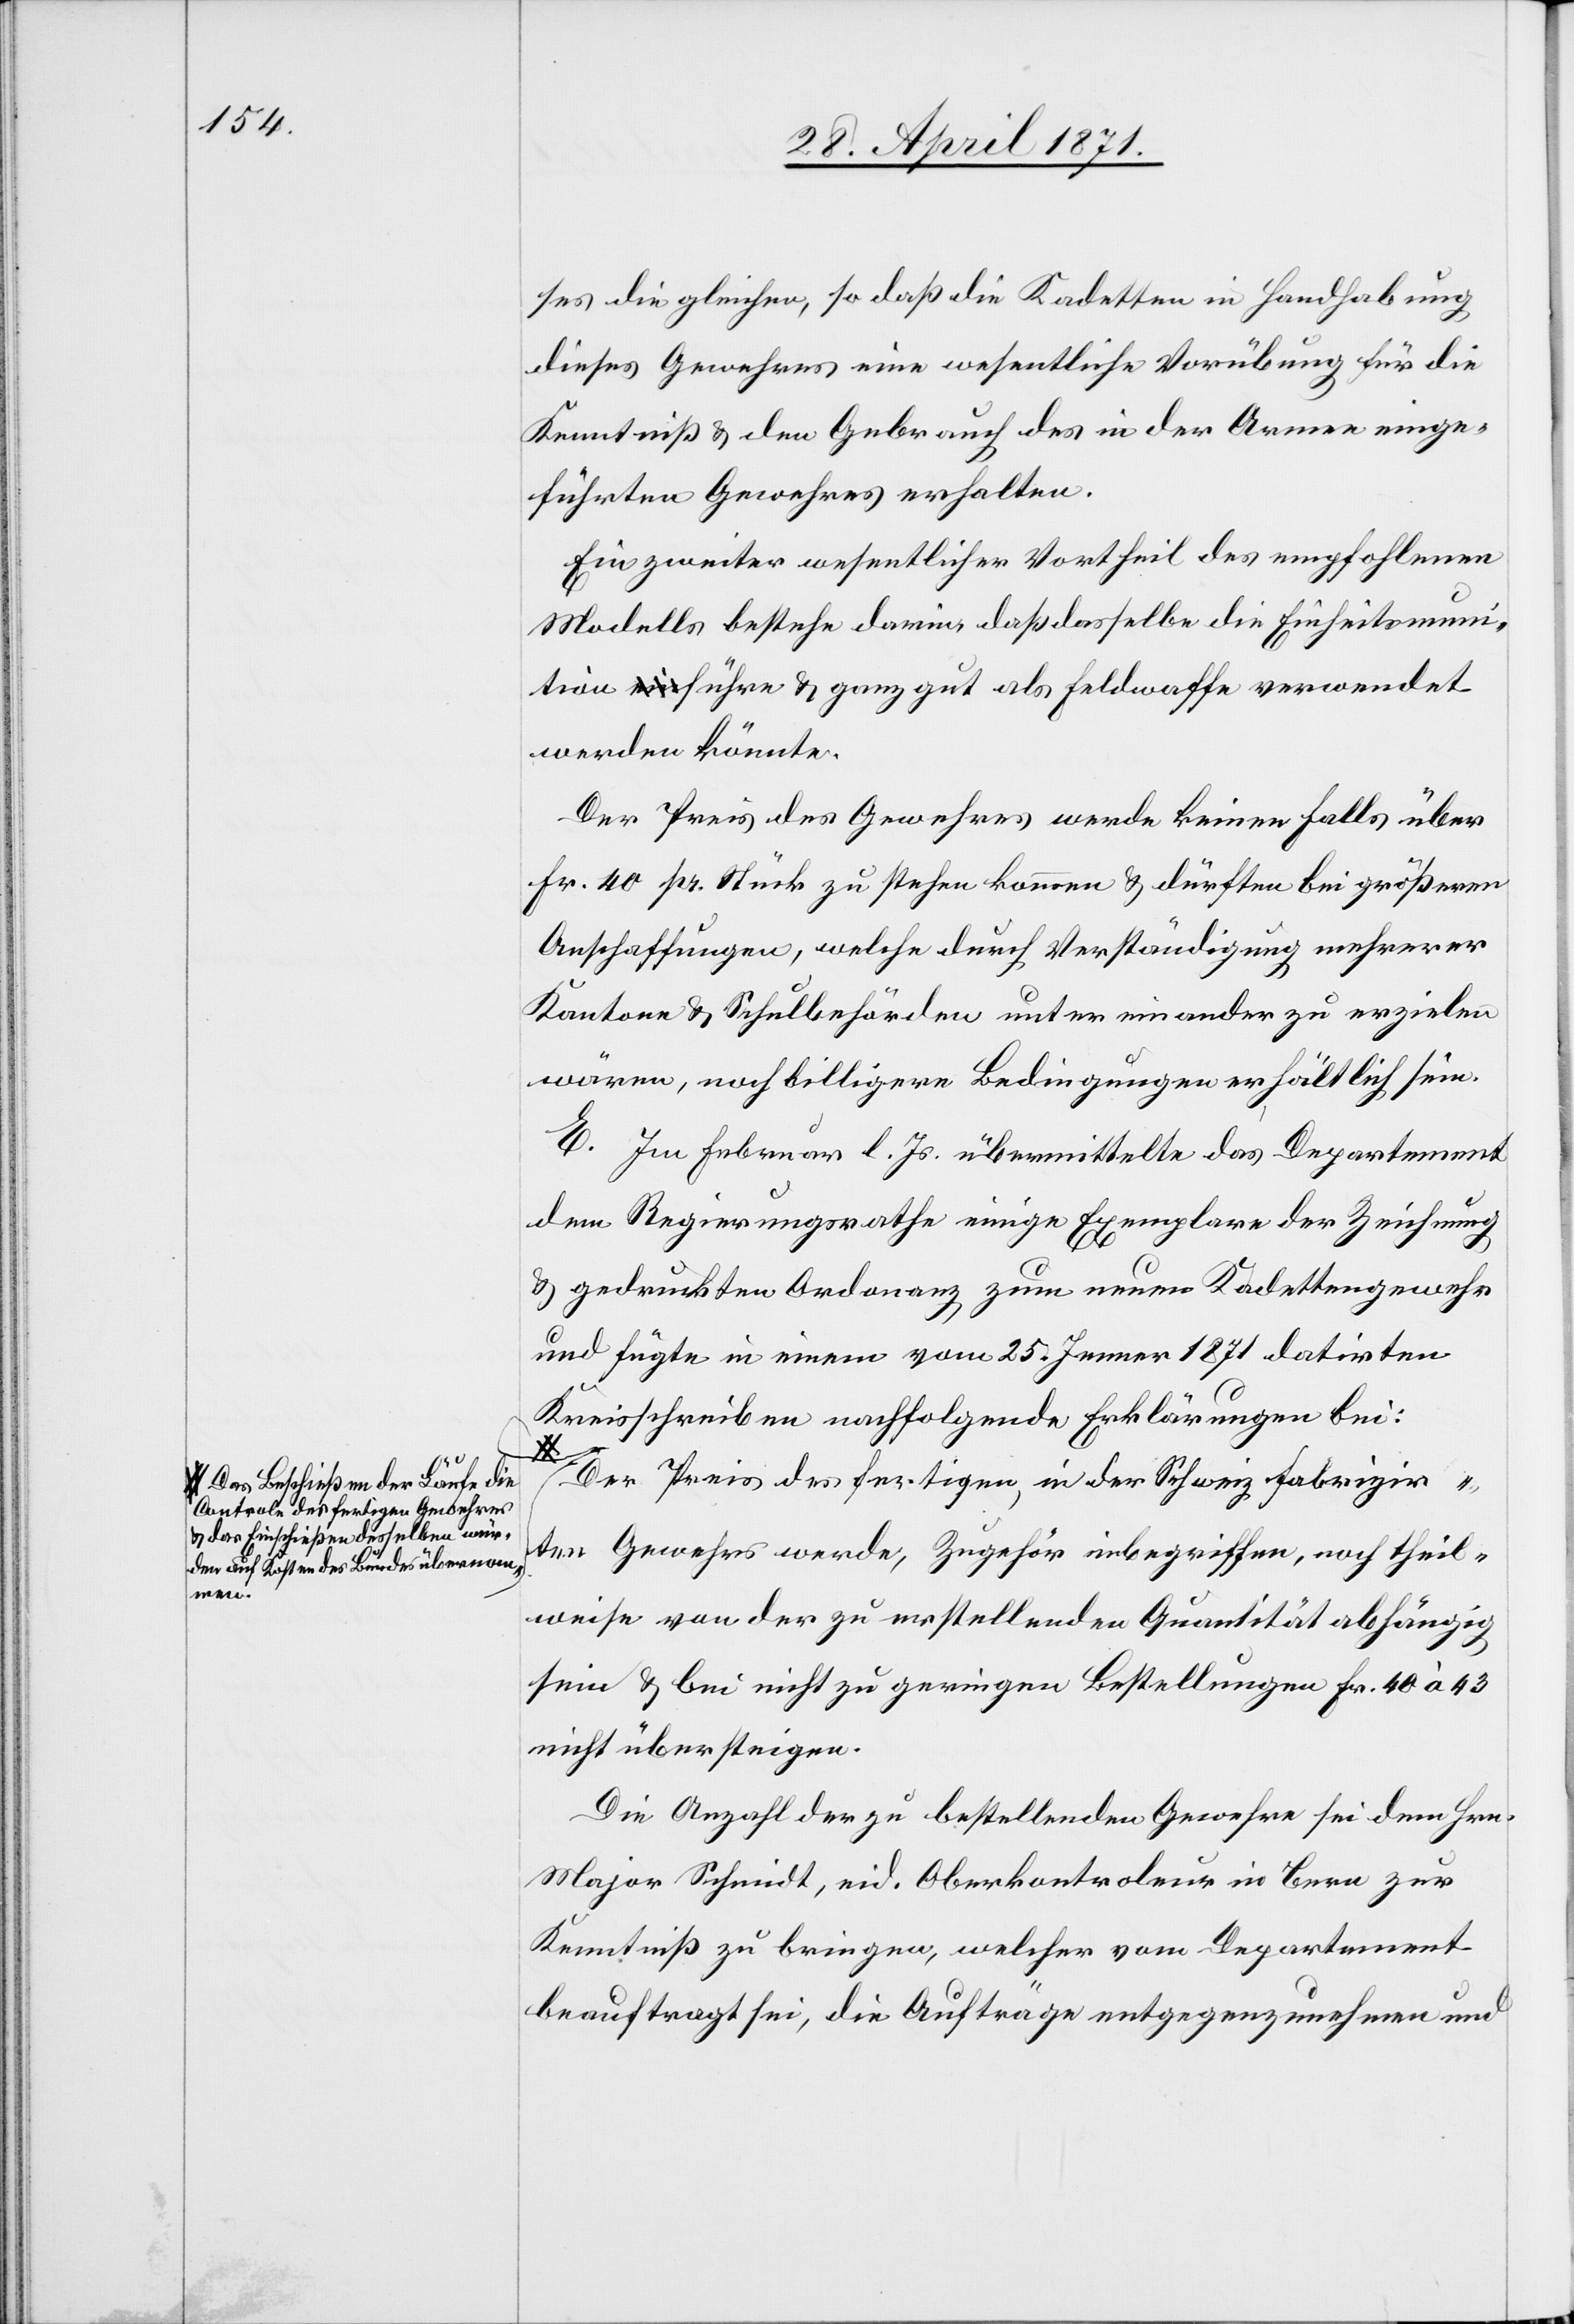
Das Beschießen der Laufe[,] die
Controle der fertigen Gewehres
u. das Einschießen desselben wur¬
den auf Kosten des Bundes übernom¬
men.

ses die gleichen, so daß die Kadetten in Handhabung
dieses Gewehres eine wesentliche Vorübung für die
Kenntniß u. den Gebrauch des in der Armee einge¬
führten Gewehres erhalten.
Ein zweiter wesentlicher Vortheil des empfohlenen
Modells bestehe darin, daß dasselbe die Einheitsmuni¬
tion führe u. ganz gut als Feldwaffe verwendet
werden könnte.
Der Preis des Gewehres werde keinen Falls über
Fr. 40 pr. Stück zu stehen kommen u. dürften bei größeren
Anschaffungen, welche durch Verständigung mehrerer
Kantone u. Schulbehörden unter einander zu erzielen
wären, noch billigere Bedingungen erhältlich sein.
E. Im Februar l. Js. übermittelte das Departement
dem Regierungsrathe einige Exemplare der Zeichnung
u. gedruckten Ordonanz zum neuen Kadettengewehr
und fügte in einem vom 25. Jenner 1871 datirten
Kreisschreiben nachfolgende Erklärung bei:
Der Preis des fertigen, in der Schweiz fabrizir¬
ten Gewehrs werde, Zugehör inbegriffen, noch theil¬
weise von der zu erstellenden Quantität abhängig
sein u. bei nicht zu geringen Bestellungen Fr. 40 à 43
nicht übersteigen.
Die Anzahl der zu bestellenden Gewehre sei dem Hrn.
Major Schmidt, eid. Oberkontroleur in Bern zur
Kenntniß zu bringen, welcher vom Departement
beauftragt sei, die Aufträge entgegenzunehmen und